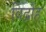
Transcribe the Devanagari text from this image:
विद्रोंह